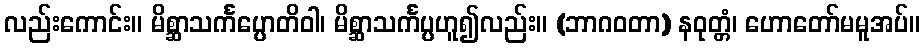
လည်းကောင်း။ မိစ္ဆာသင်္ကပ္ပောတိဝါ၊ မိစ္ဆာသင်္ကပ္ပဟူ၍လည်း။ (ဘာဂဝတာ) နဝုတ္တံ၊ ဟောတော်မမူအပ်။